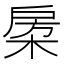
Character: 𣓯